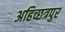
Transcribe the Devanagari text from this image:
अहिच्छत्रपुर